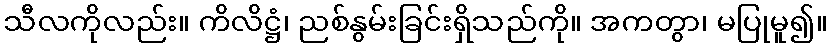
သီလကိုလည်း။ ကိလိဋ္ဌံ၊ ညစ်နွမ်းခြင်းရှိသည်ကို။ အကတွာ၊ မပြုမူ၍။